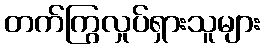
တက်ကြွလှုပ်ရှားသူများ